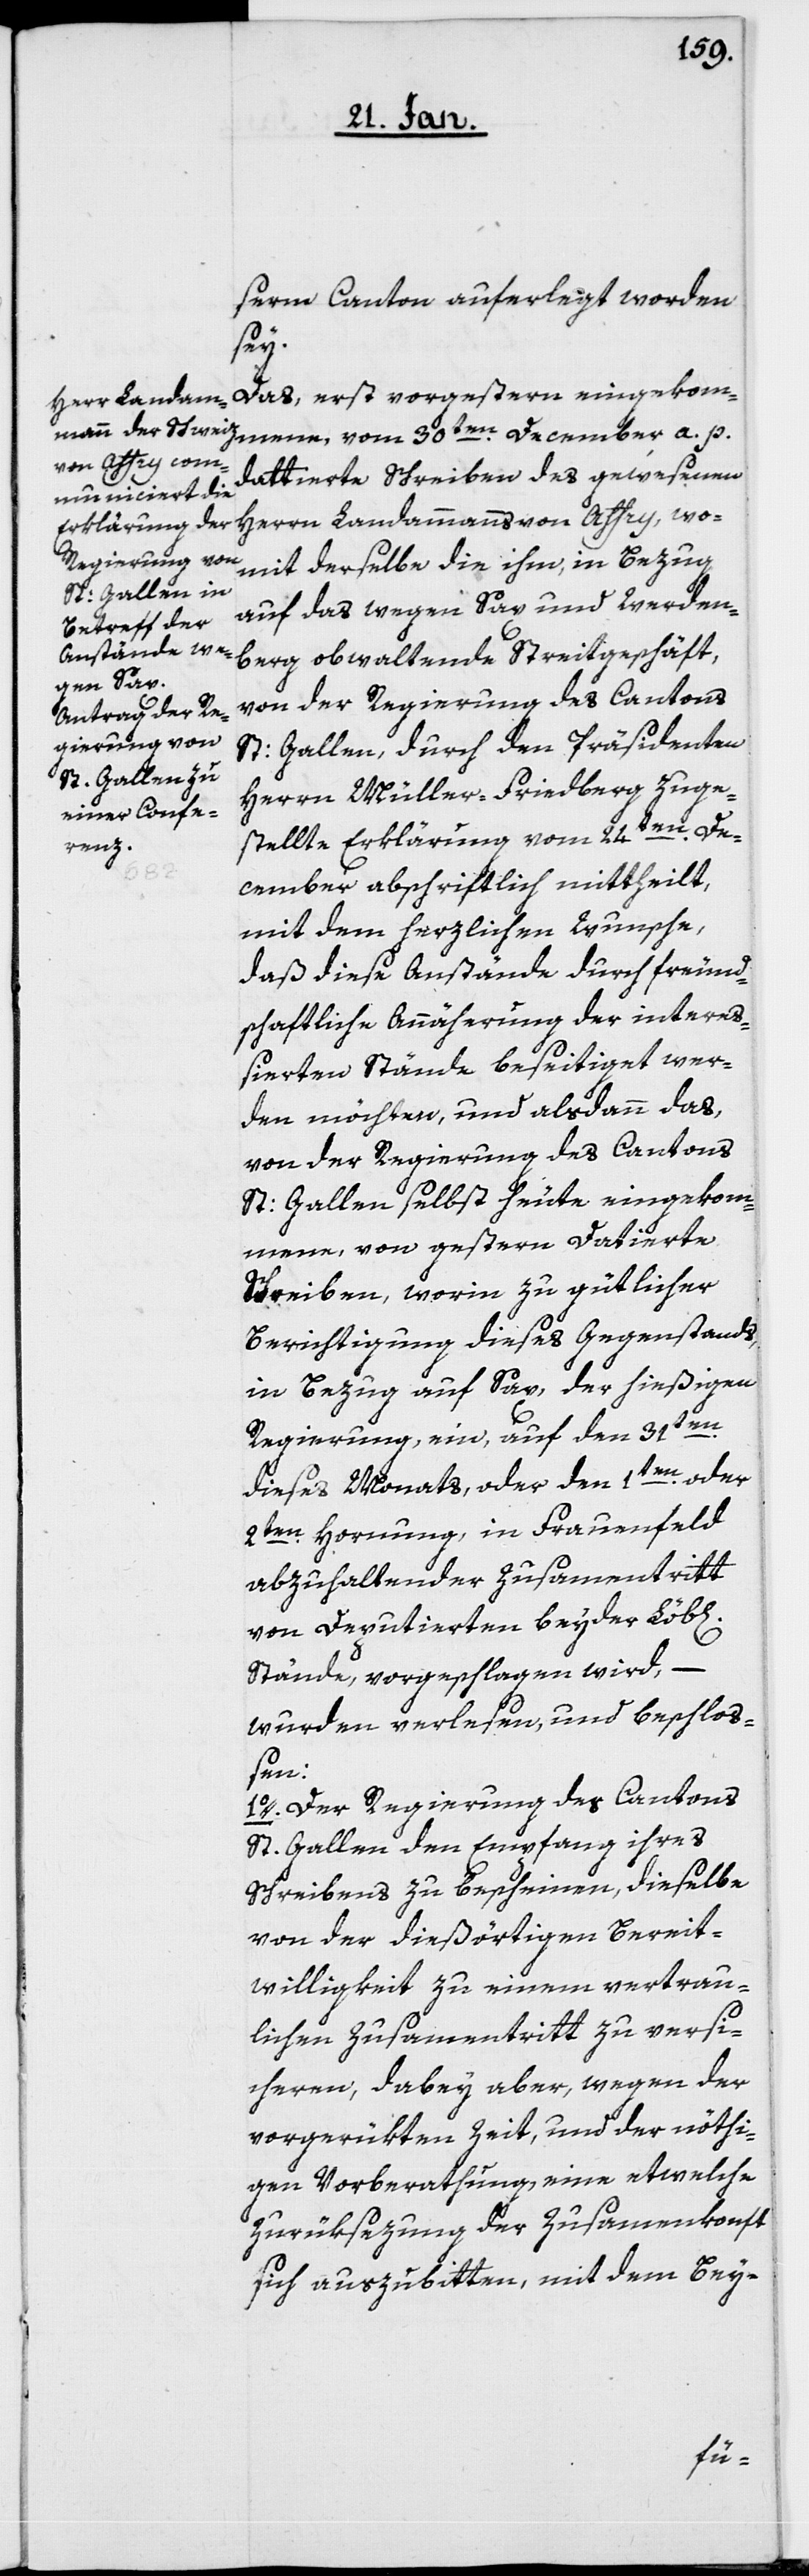
serm Canton auferlegt worden
sey.
Das erst vorgestern eingekom¬
dattierte Schreiben des gewesenen
Herrn Landammanns von Affry, wo¬
mit derselbe die ihm, in Bezug
auf das wegen Sax und Werden¬
berg obwaltende Streitgeschäft,
St: Gallen, durch den Präsidenten
Herrn Müller-Friedberg zuge¬
stellte Erklärung vom 24sten. De¬
a. p.
cember abschriftlich mittheilt,
mit dem herzlichen Wunsche,
daß diese Anstände durch freund¬
schaftliche Annäherung der intereß¬
ierten Stände beseitiget wer¬
den möchten, und alsdann das,
von der Regierung des Cantons
St: Gallen selbst heute eingekom¬
mene, von gestern Datierte
Schreiben, worin zu gütlicher
Berichtigung dieses Gegenstands,
in Bezug auf Sax, der hießigen
Regierung, ein, auf den 31sten.
dieses Monats, oder den 1ten. oder
2ten. Hornung, in Frauenfeld
abzuhaltender Zusammentritt
von Deputierten beyder Löb[li¬
Stände, vorgeschlagen wird, –
wurden verlesen und beschlo¬
ßen:
1o. Der Regierung des Cantons
St. Gallen den Empfang ihres
Schreibens zu bescheinen, dieselbe
von der dießörtigen Bereit¬
willigkeit zu einem vertrau¬
lichen Zusammentritt zu versi¬
cheren, dabey aber, wegen der
vorgerükten Zeit, und der nöthi¬
gen Vorberathung, eine etwelche
Zurüksezung der Zusammenkonft
sich auszubitten, mit dem Bey-